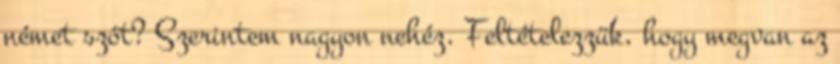
német szót? Szerintem nagyon nehéz. Feltételezzük, hogy megvan az